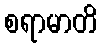
စရာမာတိ